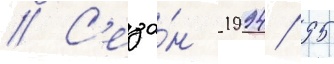
// С'езо́н 1994/ 95